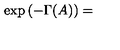
\exp \left( - \Gamma ( A ) \right) =